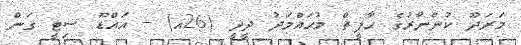
މަރަދޫ ކުންނާރުގެ ހާފީޘް މުޙައްމަދު ދީދީ (26އ) -- އައްޑޫ ސިޓީ ގަން